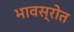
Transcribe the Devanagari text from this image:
भावस्रोत